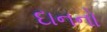
દાનનો